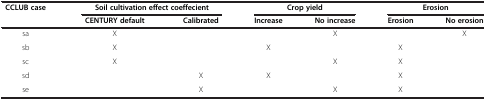
| CCLUB case | <COLSPAN=2> Soil cultivation effect coeffecient | <COLSPAN=2> Crop yield | <COLSPAN=2> Erosion |
 |  | CENTURY default | Calibrated | Increase | No increase | Erosion | No erosion |
 | --- | --- | --- | --- | --- | --- | --- |
 | sa | X |  |  | X |  | X |
 | sb | X |  | X |  | X |  |
 | sc | X |  |  | X | X |  |
 | sd |  | X | X |  | X |  |
 | se |  | X |  | X | X |  |